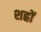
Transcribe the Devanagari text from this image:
शह्रों